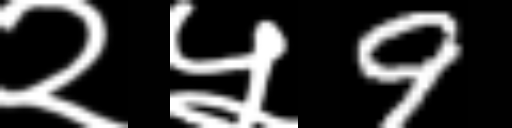
Text: २५9